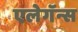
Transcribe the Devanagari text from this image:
एलेगॅन्स